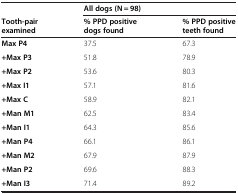
<table><thead><tr><td></td><td colspan="2"><b>All dogs (N = 98)</b></td></tr><tr><td><b>Tooth-pair examined</b></td><td><b>% PPD positive dogs found</b></td><td><b>% PPD positive teeth found</b></td></tr></thead><tbody><tr><td><b>Max P4</b></td><td>37.5</td><td>67.3</td></tr><tr><td><b>+Max P3</b></td><td>51.8</td><td>78.9</td></tr><tr><td><b>+Max P2</b></td><td>53.6</td><td>80.3</td></tr><tr><td><b>+Max I1</b></td><td>57.1</td><td>81.6</td></tr><tr><td><b>+Max C</b></td><td>58.9</td><td>82.1</td></tr><tr><td><b>+Man M1</b></td><td>62.5</td><td>83.4</td></tr><tr><td><b>+Man I1</b></td><td>64.3</td><td>85.6</td></tr><tr><td><b>+Man P4</b></td><td>66.1</td><td>86.1</td></tr><tr><td><b>+Man M2</b></td><td>67.9</td><td>87.9</td></tr><tr><td><b>+Man P2</b></td><td>69.6</td><td>88.3</td></tr><tr><td><b>+Man I3</b></td><td>71.4</td><td>89.2</td></tr></tbody></table>